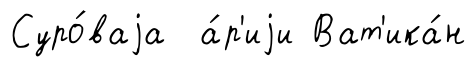
Суро́ваjа а́р'иjи Ват'ика́н